Annual report of the Civil Veterinary Department, Bengal, and of the Bengal Veterinary College, for the year 1902-1903 - 1902-1903
Year: 1902
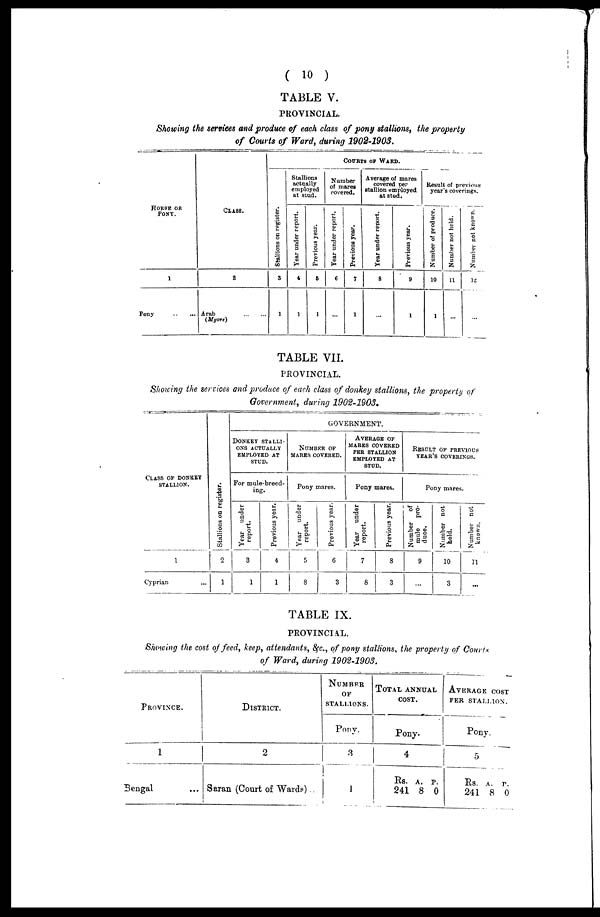
( 10 )
TABLE V.
PROVINCIAL.
Showing the services and produce of each class of pony stallions, the property
of Courts of Ward, during 1902-1903.
HORSE OR
PONY.
1
Pony
CLASS.
2
Arab
(Myore)
COURTS OF WARD.
St al l
i
ons on register.
3
1
Stallions
actually
employed
at stud.
Year under report.
4
1
Previous year.
5
1
Number
of mares
covered.
Year under report.
6
...
Previous year.
7
1
Average of mares
covered per
stallion employed
at stud.
Year under report.
8
...
Previous year.
9
1
Result of previous
year's coverings.
Number of produce.
10
1
Number not held.
11
...
Number not known.
12
...
TABLE VII.
PROVINCIAL.
Showing the services and produce of each class of donkey stallions, the property of
Government, during 1902-1903.
CLASS OF DONKEY
STALLION.
1
Cyprian
Stallions on register.
2
1
GOVERNMENT.
DONKEY STALLI-
--- ACTUALLY
EMPLOYED AT
STUD.
For mule-breed-
ing.
Year under
report.
3
1
Previous year.
4
1
NUMBER OF
MARES COVERED.
Pony mares.
Year under
report.
5
8
Previous year.
6
3
AVERAGE OF
MARES COVERED
PER STALLION
EMPLOYED AT
STUD.
Pony mares.
Year under
report.
7
8
Previous year.
8
3
RESULT OF PREVIOUS
YEAR'S COVERINGS.
Pony mares.
Number
of
mule
pro-
duce.
9
Number not
held.
10
3
Number not
known.
11
...
TABLE IX.
PROVINCIAL.
Showing the cost of feed, keep, attendants, &c., of pony stallions, the property of Courts
of Ward, during 1902-1903.
PROVINCE.
1
Bengal ...
DISTRICT.
2
Saran (Court of Ward?) ...
NUMBER
OF
STALLIONS.
Pony.
3
1
TOTAL ANNUAL
COST.
Pony.
4
Rs.
241
A.
8
P.
0
AVERAGE COST
PER STALLION.
Pony.
5
Rs.
241
A.
8
P.
0